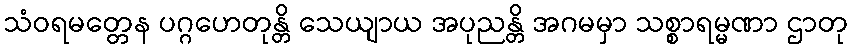
သံဝရမတ္တေန ပဂ္ဂဟေတုန္တိ သေယျာယ အပုညန္တိ အဂမမှာ သစ္စာရမ္မဏာ ဌာတု